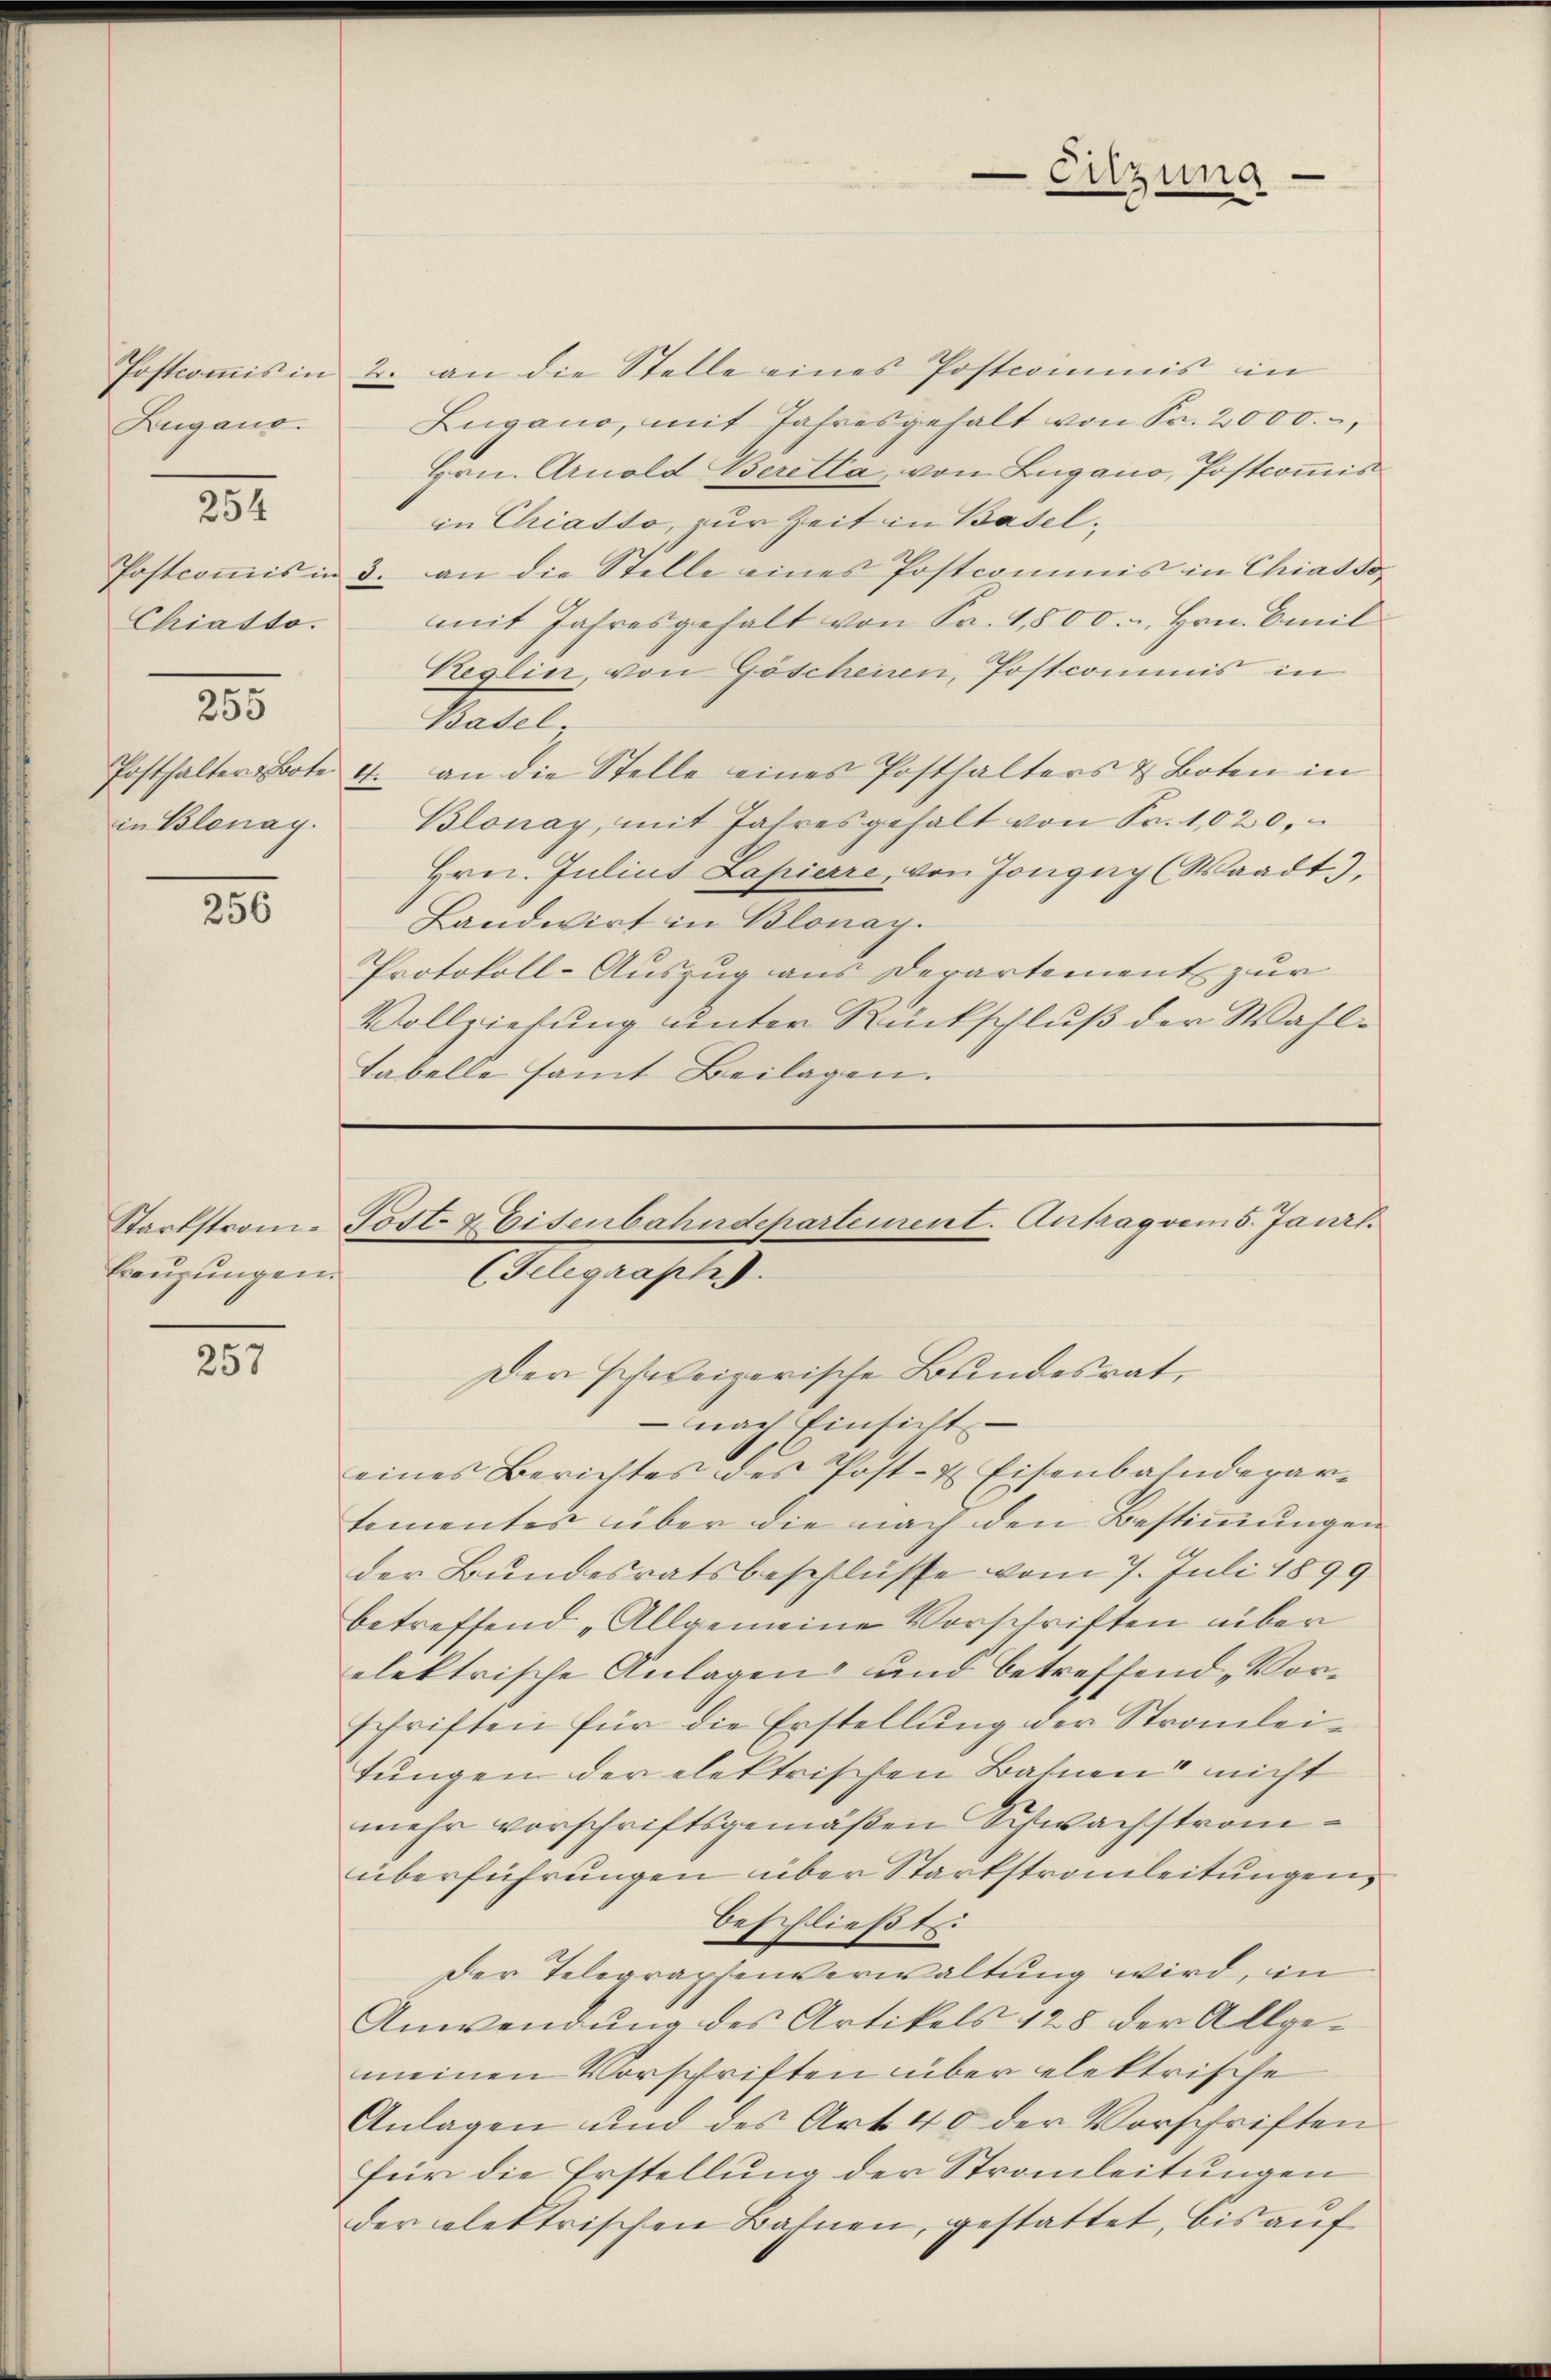
Zugano.
Chiasto.
255
in Blonay.

251.

256

Beugungen.

257

Postcoṁis in 2. an die Stelle eines Postcommis in
Zugano, mit Jahresgehalt von Sr. 2000.,
Hrn. Arnold Beretta, von Lugano, Postcommis
in Chiatto, zur Zeit in Basel¬
Postcoṁis in 3. an die Stelle eines Postcommis in Chiasso-
mit Jahresgehalt von Fr. 1800.-, Hrn. Emil
Keglin, von Göschenen, Postcommis in
Basel.
Posthalterbote 4. an die Stelle eines Posthalters & Boten in
Blonay, mit Jahresgehalt von Fr. 1,020,
Hrn. Julius Lapierre, von Jonguy (Waadt,
Landwirt in Blonay.
Protokoll-Auszug aus Derartement zur
Vollziehung unter Rückschluß der Wahl¬
Tabelle samt Beilagen.

Eitzung

Startstrom-Post- & Eisenbahndepartement. Antrag vom 5. Janrl.
(Gelegraph).

Der schweizerische Bundesrat,
 nach Einsicht
eines Berichtes des Post- & Eisenbahndepartementes über die nach den Bestiṁŭngen
der Bundesratsbeschlüsse vom 7. Juli 1899
betreffend „Allgemeine Vorschriften über
elektrische Anlagen und betreffend Vorschriften für die Erstellŭng der Stromleitungen der elektrischen Bahnen nicht
mehr vorschriftsgemäßen Schwachstromüberführungen über Starkstrauleitungen,
beschließt:
Der Telegraphenverwaltung wird, in
Anwendung des Artikels 428 der Allgemeinen Vorschriften über elektrische
Anlagen und des Art. 40 der Vorschriften
für die Erstellung der Strauleitungen
der elektrischen Bahnen, gestattet, bis auf